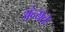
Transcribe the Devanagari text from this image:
अंन्यतः